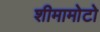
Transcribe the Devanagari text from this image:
शीमामोटो